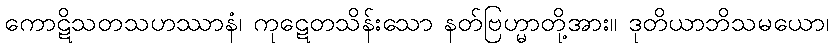
ကောဋိသတသဟဿာနံ၊ ကုဋေတသိန်းသော နတ်ဗြဟ္မာတို့အား။ ဒုတိယာဘိသမယော၊